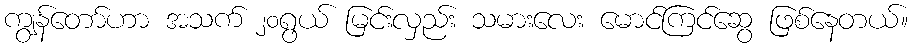
ကျွန်တော်ဟာ အသက် ၂၀ရွယ် မြင်းလှည်း သမားလေး မောင်ကြင်ဆွေ ဖြစ်နေတယ်။